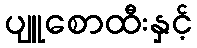
ပျူစောထီးနှင့်